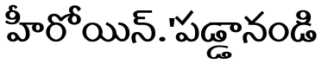
హీరోయిన్.'పడ్డానండి